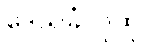
ဒေသခံလူထု